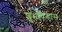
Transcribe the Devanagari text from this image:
शुभचिन्हास